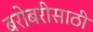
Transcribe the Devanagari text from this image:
बरोबरीसाठी